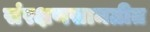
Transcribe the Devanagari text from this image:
संरक्षणसामग्रीत